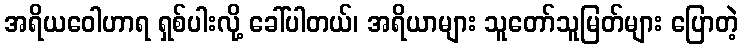
အရိယဝေါဟာရ ရှစ်ပါးလို့ ခေါ်ပါတယ်၊ အရိယာများ သူတော်သူမြတ်များ ပြောတဲ့